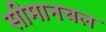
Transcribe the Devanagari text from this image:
सीमानचल